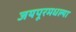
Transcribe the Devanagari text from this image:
जयपूरमधल्या